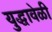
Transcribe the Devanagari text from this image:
युद्धावेळी